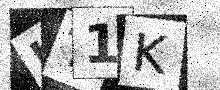
Text: IT1K